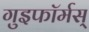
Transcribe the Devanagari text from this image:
गुइफॉर्मस्